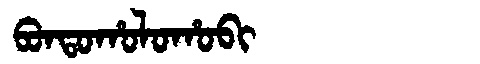
Manchu: ᠪᠣᠨᡨᠣᡥᠣᠯᠣᡥᠣᠪᡳ
Romanization: BONTOHOLOHOBI